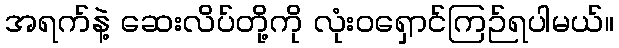
အရက်နဲ့ ဆေးလိပ်တို့ကို လုံးဝရှောင်ကြဉ်ရပါမယ်။